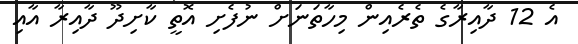
އެ 12 ދާއިރާގެ ތެރެއިން މިހާތަނަށް ނުފެށި އޮތީ ކާށިދޫ ދާއިރާ އާއި